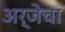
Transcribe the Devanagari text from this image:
अर्जेचा